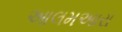
આલમઅારા